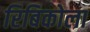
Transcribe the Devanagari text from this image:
रिबिकोला